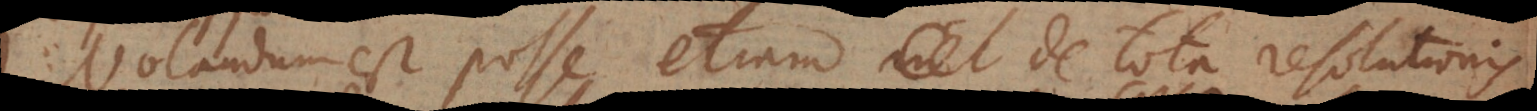
Notandum est posse etiam de tota resolutionis